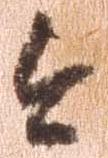
今